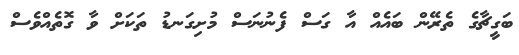
ބަގީޗާގެ ތެރޭން ބައެއް އާ ގަސް ފެނުނަސް މުށިގަނޑު ތަކަށް ވާ ގޮތެއްވެސް